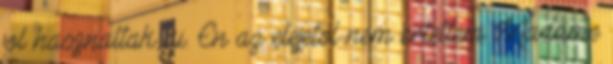
jol hasznaltak ki. En az elejetol nem ertettem Madame